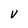
Character: V